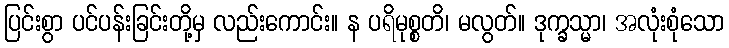
ပြင်းစွာ ပင်ပန်းခြင်းတို့မှ လည်းကောင်း။ န ပရိမုစ္စတိ၊ မလွတ်။ ဒုက္ခသ္မာ၊ အလုံးစုံသော